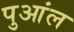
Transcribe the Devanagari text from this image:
पुआंल